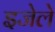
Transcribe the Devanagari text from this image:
इजेले